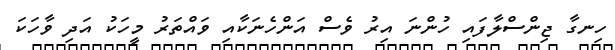
ހިނގާ ޖިންސްލާފައި ހުންނަ އިރު ވެސް އަންހެނަކާއި ވައްތަރު މީހަކު އަދި ވާހަކަ